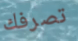
تصرفك